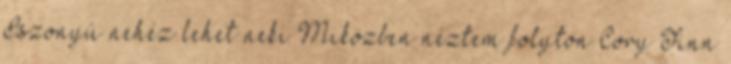
Iszonyú nehéz lehet neki Miközben néztem folyton Cory Finn